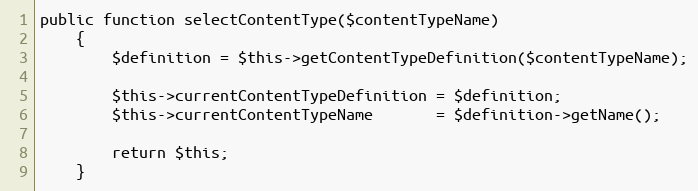
Language: PHP
public function selectContentType($contentTypeName)
    {
        $definition = $this->getContentTypeDefinition($contentTypeName);

        $this->currentContentTypeDefinition = $definition;
        $this->currentContentTypeName       = $definition->getName();

        return $this;
    }